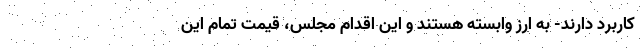
کاربرد دارند- به ارز وابسته هستند و این اقدام مجلس، قیمت تمام این